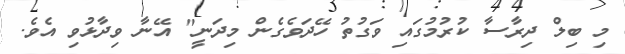
މި ބިލް ދިރާސާ ކުރުމުގައި ވަގުތު ހޭދަވެގެން މިދަނީ" އޭނާ ވިދާޅުވި އެވެ.